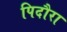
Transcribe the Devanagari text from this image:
पिदौरा